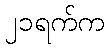
၂၁ရက်က